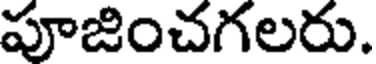
పూజించగలరు.